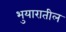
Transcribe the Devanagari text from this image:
भुयारातील